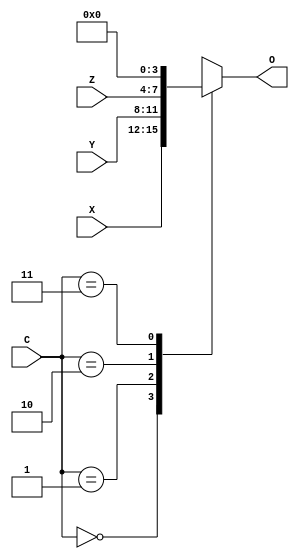
module MUX3bit3to1(X,Y,Z,C,O);
	input wire [3:0]X;
	input wire [3:0]Y;
	input wire [3:0]Z;
	input wire [1:0]C;
	output reg [3:0]O;
	always @(X,Y,Z,C)
	begin
		case(C)
			2'b00: O<=X;
			2'b01: O<=Y;
			2'b10: O<=Z;
			2'b11: O<=0;
		endcase
	end
endmodule

module MUX1bit3to1(X,Y,Z,C,O);
	input wire X;
	input wire Y;
	input wire Z;
	input wire [1:0]C;
	output reg O;
	always @(X,Y,Z,C)
	begin
		case(C)
			2'b00: O<=X;
			2'b01: O<=Y;
			2'b10: O<=Z;
			2'b11: O<=0;
		endcase
	end
endmodule